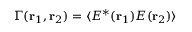
\Gamma ( { \bf { r } } _ { 1 } , { \bf { r } } _ { 2 } ) = \langle E ^ { \ast } ( { \bf { r } } _ { 1 } ) { { E } } ( { \bf { r } } _ { 2 } ) \rangle